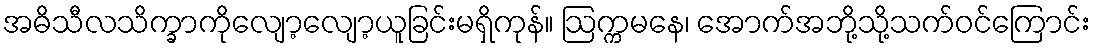
အဓိသီလသိက္ခာကိုလျော့လျော့ယူခြင်းမရှိကုန်။ ဩက္ကမနေ၊ အောက်အဘို့သို့သက်ဝင်ကြောင်း